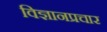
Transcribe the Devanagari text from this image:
विज्ञानप्रचार